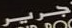
جرير